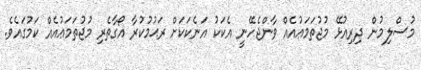
މުސްލިމުން ދިރިއުޅޭ މުޖުތަމަޢުއެއް ވާންޖެހޭނީ އެކަކު އަނެކަކަށް ރަޙުމުކުރާ އޯގާތެރި މުޖުތަމަޢުއެއް ކަމުގައެވެ.